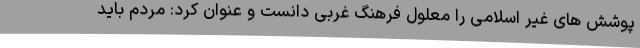
پوشش های غیر اسلامی را معلول فرهنگ غربی دانست و عنوان کرد: مردم باید